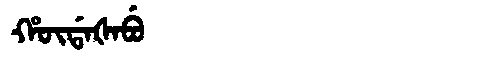
Manchu: ᡥᡡᡩᠠᡧᠠᠪᡠ
Romanization: HŪDAŠABU